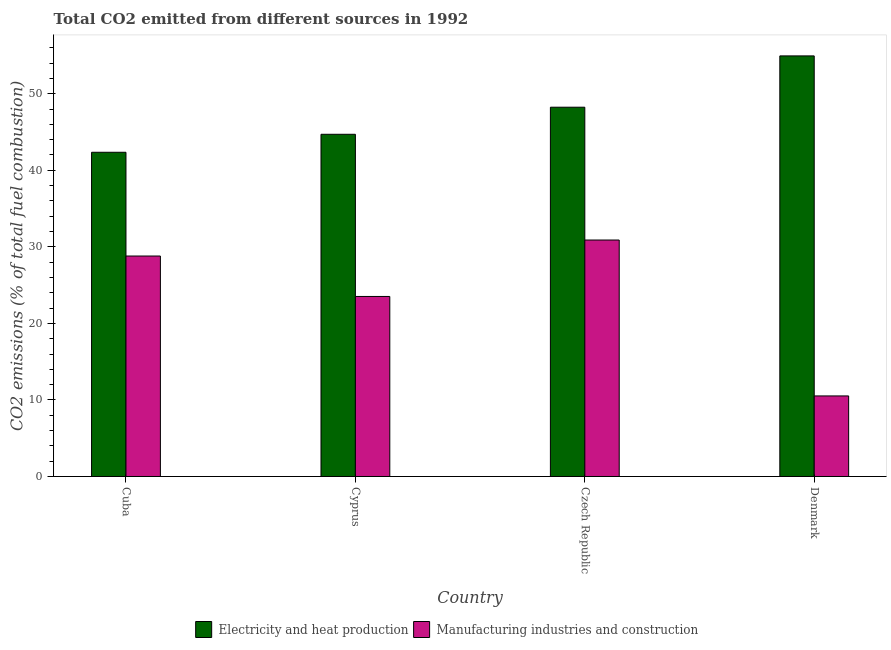
| Country | Electricity and heat production | Manufacturing industries and construction |
 | --- | --- | --- |
 | Cuba | 42.4 | 28.8 |
 | Cyprus | 44.7 | 23.5 |
 | Czech Republic | 48.2 | 30.9 |
 | Denmark | 54.9 | 10.5 |